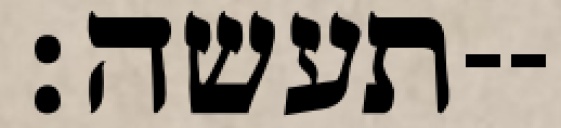
תעשה׃--